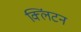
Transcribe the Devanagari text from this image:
क्‍लिंटन